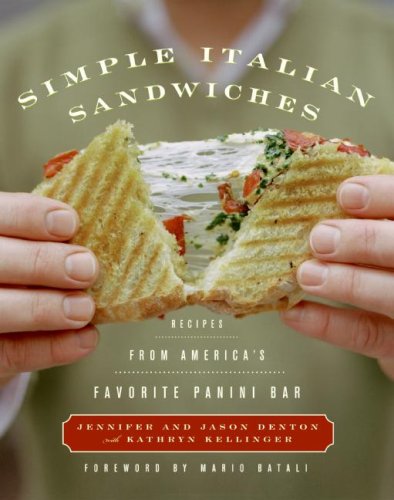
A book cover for Simple Italian Sandwiches: Recipes from America's Favorite Panini Bar; Jennifer Denton; Cookbooks, Food & Wine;